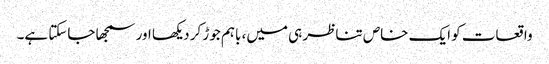
واقعات کو ایک خاص تناظر ہی میں، باہم جوڑ کر دیکھا اور سمجھا جاسکتا ہے۔